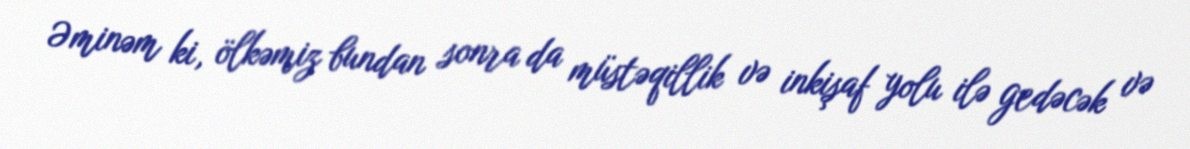
Əminəm ki, ölkəmiz bundan sonra da müstəqillik və inkişaf yolu ilə gedəcək və